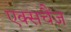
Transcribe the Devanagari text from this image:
एक्सचैंज